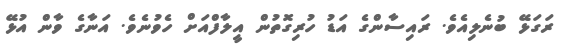
ރަގަޅޭ ބުނެލިއެވެ. ރައިސާންގެ އަޑު ހުރިގޮތުން އީލާފްއަށް ހެވުނެވެ. އަނާގެ ވާން އުޅޭ